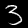
Label: 3